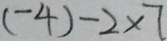
( - 4 ) - 2 \times 7